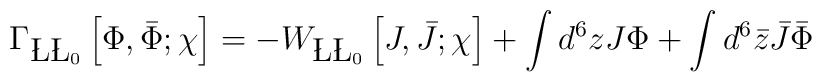
\Gamma_{\L\L_0}\left[\Phi,\bar{\Phi};\chi\right] = -W_{\L\L_0}\left[J,\bar{J};\chi\right]+\int d^6 z J \Phi + \int d^6 \bar{z} \bar{J} \bar{\Phi}